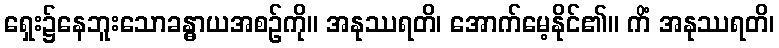
ရှေး၌နေဘူးသောခန္ဓာယအစဉ်ကို။ အနုဿရတိ၊ အောက်မေ့နိုင်၏။ ကိံ အနုဿရတိ၊